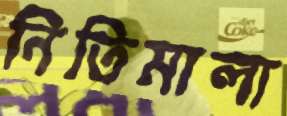
নিতিমালা